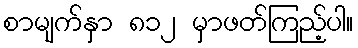
စာမျက်နှာ ၈၁၂ မှာဖတ်ကြည့်ပါ။